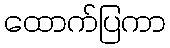
ထောက်ပြကာ